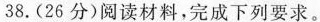
38. (26分) 阅读材料，完成下列要求。